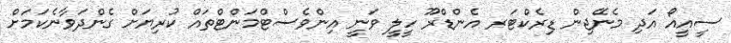
ސީއީއޯ އަދި މެނޭޖިން ޑިރެކްޓަރ އެންޑްރޫ ހީލީ ވަނީ އިންވެސްޓްމަންޓްތައް ކުރިޔަށް ގެންދަވާނެކަމަށް